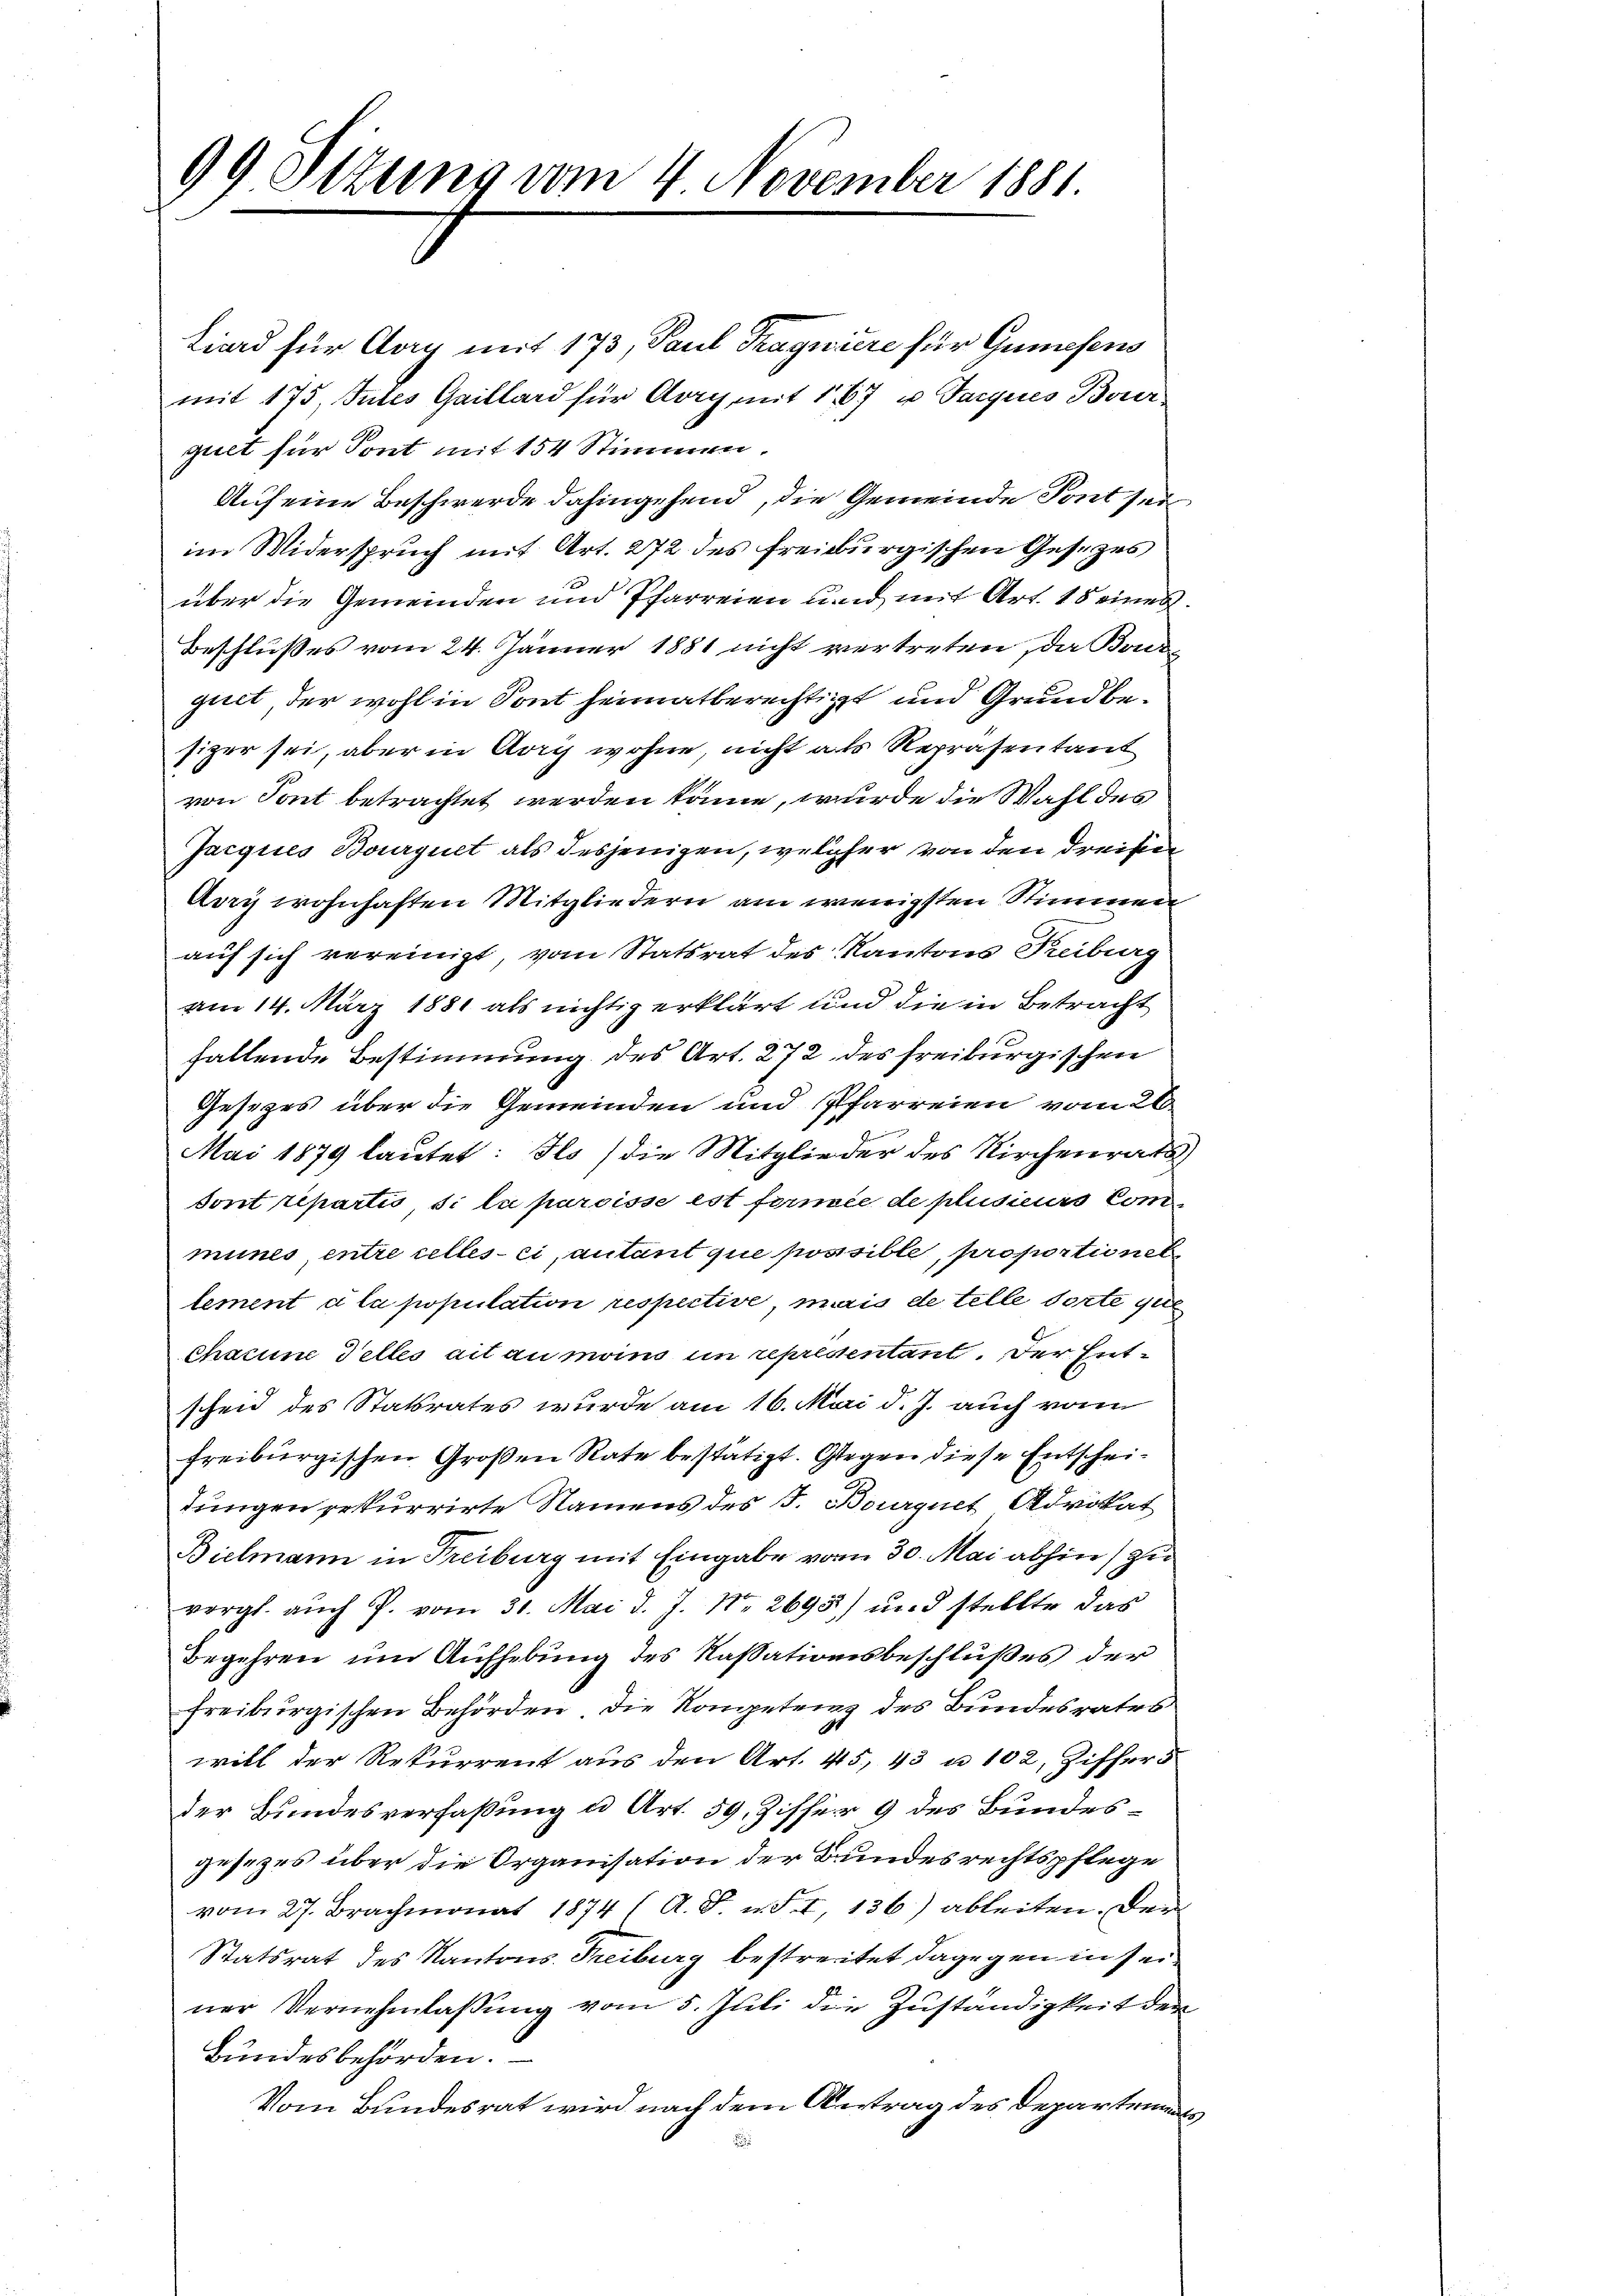
99 Sizung vom 4 November 1881.

Liard für Mag mit 173, Paul Traguiere für Gumesens
mit 175, Tutes Gaillard für Aarg mit 1,67 u. Tarques Bour
quet für Sont mit 154 Stimmen.
Auf eine Beschwerde dahingehend, die Gemeinde Sont sei
im Widerspruch mit Art. 272 des freiburgischen Gesezes
x
über die Gemeinden und Pfarreien und mit Art. 15 eines
Beschlußes vom 24. Jänner 1881 nicht vertreten, da Bonde
guet, der wohl in Sont heimatberechtigt und Grundbesiger sei, aber in Aarg wohne, nicht als Repräsentant
von Tont betrachtet werden könne, wurde die Wahl des
Jacques Bourquet als desjenigen, welcher von den dreisen
Avry wohnhaften Mitgliedern am wenigsten Stimmen
auf sich vereinigt, vom Statsrat des Kantons Freiburg
am 14. März 1881 als nichtig erklärt und die in Betracht
fallende Bestimmung des Art. 272 des freiburgischen
Gesezes über die Gemeinden und Pfarreien vom 26
Mai 1879 lautet: Io (die Mitglieder des Kirchenrats,
sont repartis, si la paroisse est formée de plusieurs Com
mines entre celles-ci, autant que possible, proportionel
lement a la population respective mais de telle dorte que
chacune Telles ait au moins in repressentant. Der Entscheid des Statsrates wurde am 16. Mai d. J. auch vom
freiburgischen Großen Rate bestätigt. Gegen diese Entscheidungen erkurrirte Namens des J. Bourquet Advokat
Bielmann in Freiburg mit Eingabe vom 30. Mai abhin) zu
vergl. auch P. vom 30. Mai d. J. Nr. 2695) und stellte das
Begehren um Aufhebung des Kassationsbeschlußes der
freiburgischen Behörden, die Kompetenz des Bundesrates
will der Rekurrent aus den Art. 45, 43 u. 102, Ziffers
der Bundesverfaßung u Art. 59. Ziffer 9 des Bundesgesezes über die Organisation der Bundesrechtspflege
vom 27. Brachmonat 1874 ( A. S. u. S. I, 136) ableiten. Der
Statsrat des Kantons Treiburg bestreitet dagegen in seiner Vernehmlassung vom 5. Juli die Zuständigkeit der
Bundesbehörden.
Vom Bundesrat wird nach dem Antrag des Departementi¬